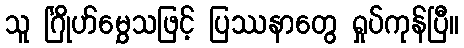
သူ င်္ဂြိုဟ်မွှေသဖြင့် ပြဿနာတွေ ရှုပ်ကုန်ပြီ။